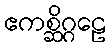
ဧကစ္ဆိဂ္ဂဠေ